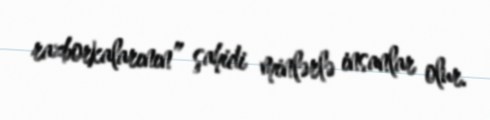
razborkalarının” şahidi minlərlə insanlar olur.